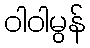
ဝါဝါမွန်